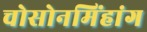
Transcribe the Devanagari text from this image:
चोसोनमिंहांग